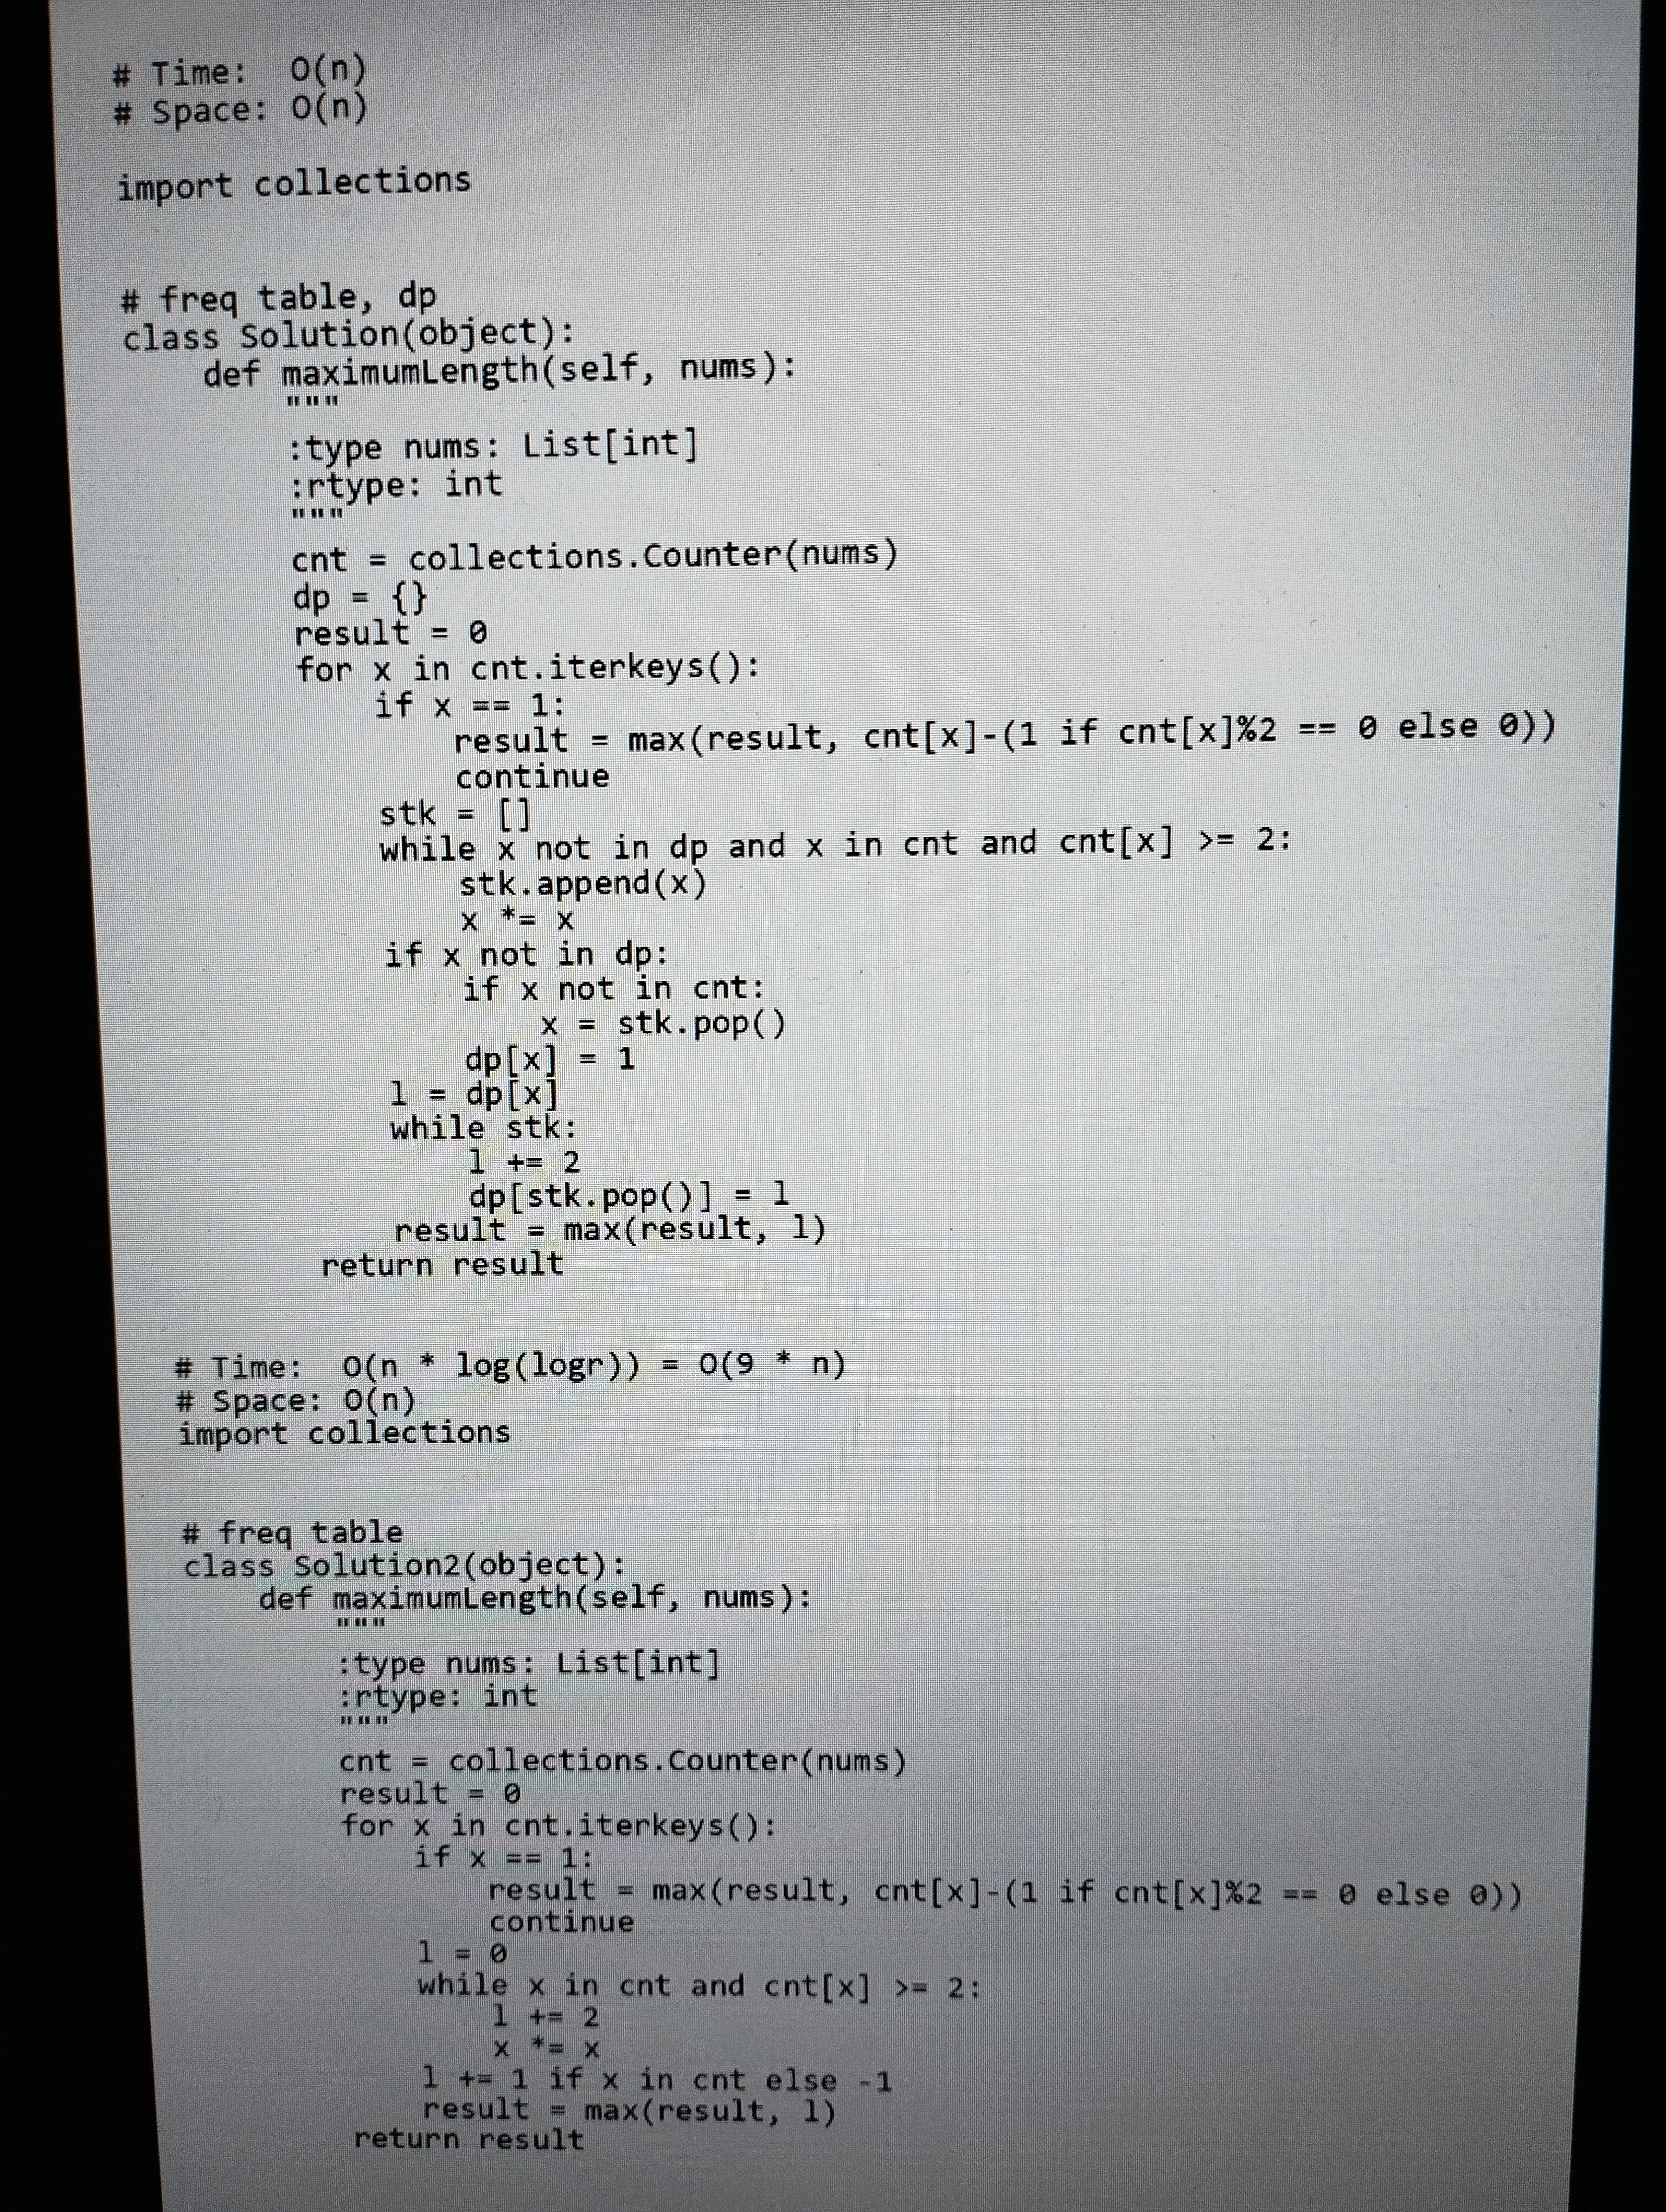
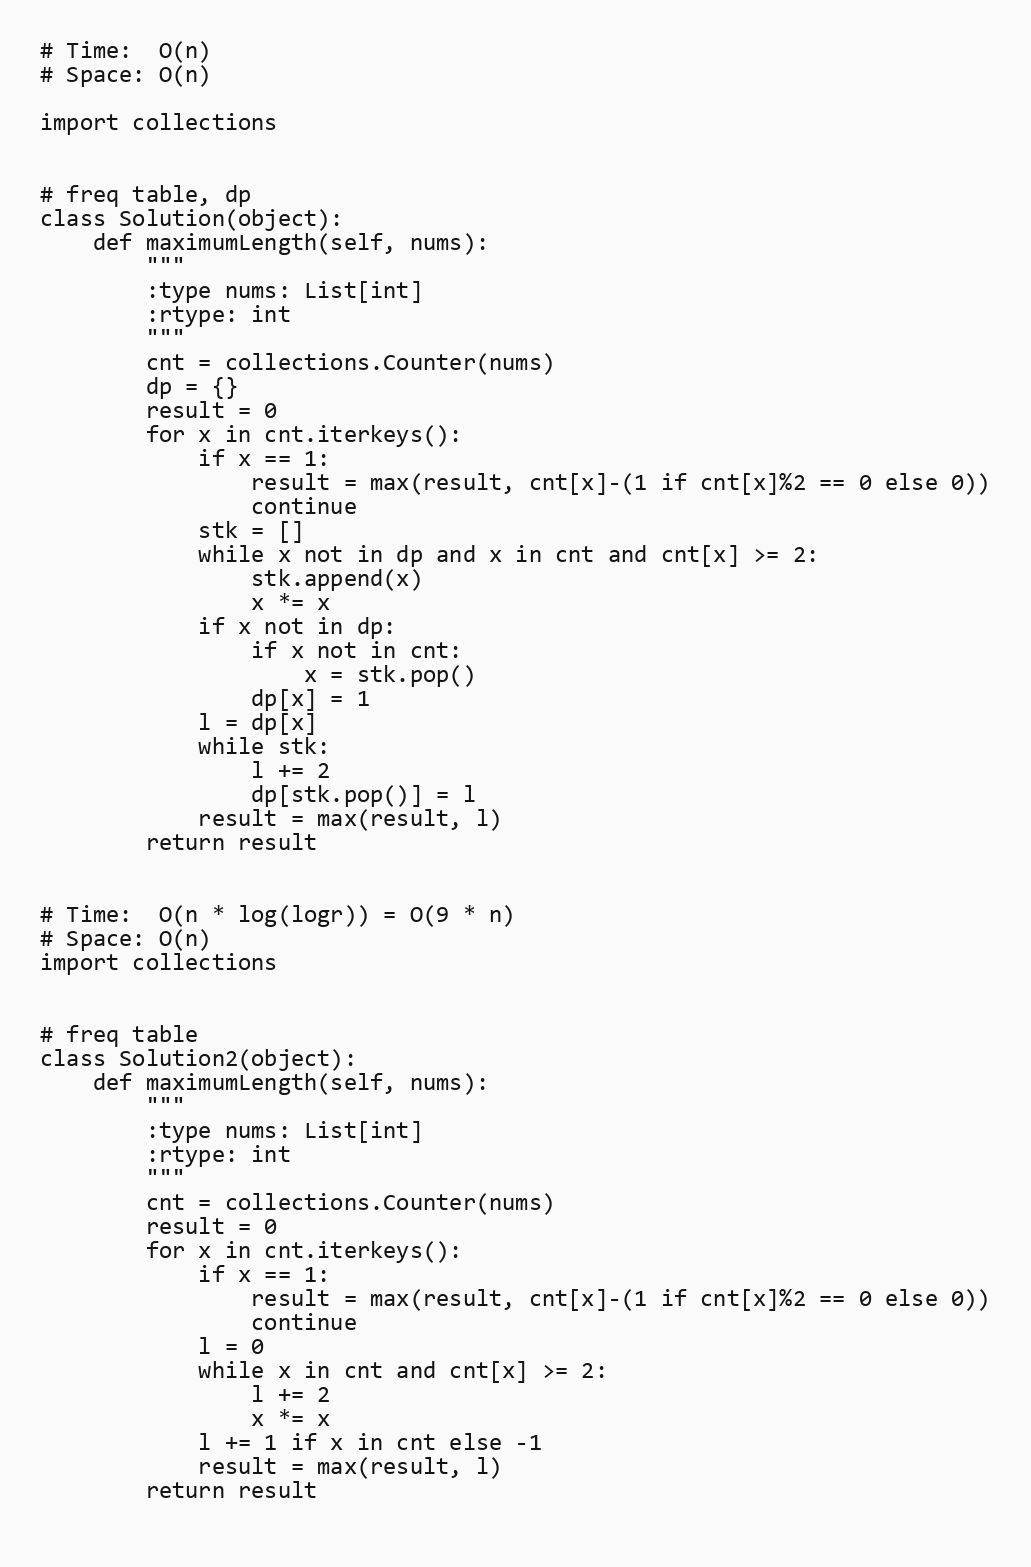
# Time:  O(n)
# Space: O(n)

import collections

# freq table, dp
class Solution(object):
    def maximumLength(self, nums):
        """
        :type nums: List[int]
        :rtype: int
        """
        cnt = collections.Counter(nums)
        dp = {}
        result = 0
        for x in cnt.iterkeys():
            if x == 1:
                result = max(result, cnt[x]-(1 if cnt[x]%2 == 0 else 0))
                continue
            stk = []
            while x not in dp and x in cnt and cnt[x] >= 2:
                stk.append(x)
                x *= x
            if x not in dp:
                if x not in cnt:
                    x = stk.pop()
                dp[x] = 1
            l = dp[x]
            while stk:
                l += 2
                dp[stk.pop()] = l
            result = max(result, l)
        return result

# Time:  O(n * log(logr)) = O(9 * n)
# Space: O(n)
import collections

# freq table
class Solution2(object):
    def maximumLength(self, nums):
        """
        :type nums: List[int]
        :rtype: int
        """
        cnt = collections.Counter(nums)
        result = 0
        for x in cnt.iterkeys():
            if x == 1:
                result = max(result, cnt[x]-(1 if cnt[x]%2 == 0 else 0))
                continue
            l = 0
            while x in cnt and cnt[x] >= 2:
                l += 2
                x *= x
            l += 1 if x in cnt else -1
            result = max(result, l)
        return result